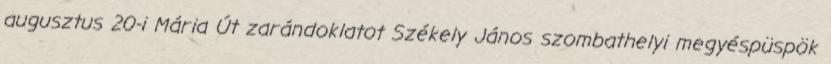
augusztus 20-i Mária Út zarándoklatot Székely János szombathelyi megyéspüspök